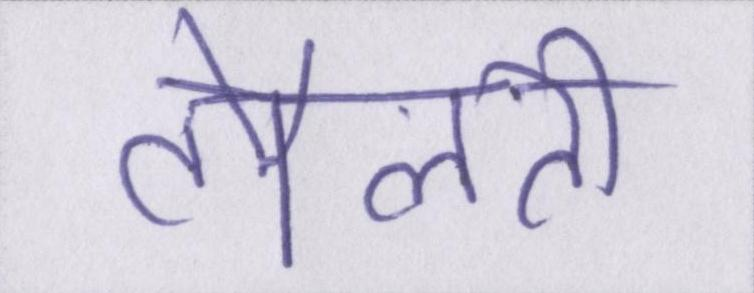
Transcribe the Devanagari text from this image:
तौलती